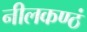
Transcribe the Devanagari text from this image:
नीलकण्ठं